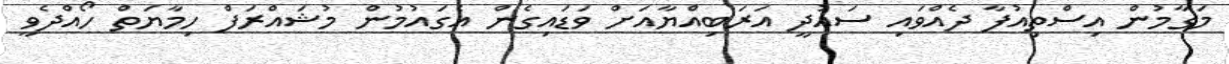
މަގާމުން އިސްތިއުފާ ދެއްވައި ސައުދީ އަރަބިއްޔާއަށް ވަޑައިގެން އެގައުމުން މުޝައްރަފް ހިމާޔަތް ހޯއްދެވީ